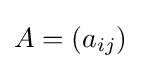
A=(a_{ij})